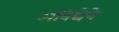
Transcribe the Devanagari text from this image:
अविद्येने